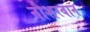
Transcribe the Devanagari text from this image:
नौशरवान